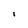
Character: i